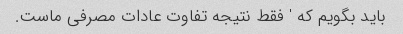
باید بگویم که ' فقط نتیجه تفاوت عادات مصرفی ماست.